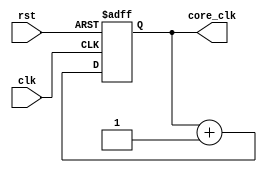
/*
 * Copyright 2016 <Admobilize>
 * MATRIX Labs  [http://creator.matrix.one]
 * This file is part of MATRIX Creator HDL for Spartan 6
 *
 * MATRIX Creator HDL is like free software: you can redistribute 
 * it and/or modify it under the terms of the GNU General Public License 
 * as published by the Free Software Foundation, either version 3 of the 
 * License, or (at your option) any later version.

 * This program is distributed in the hope that it will be useful, but 
 * WITHOUT ANY WARRANTY; without even the implied warranty of 
 * MERCHANTABILITY or FITNESS FOR A PARTICULAR PURPOSE.  See the GNU 
 * General Public License for more details.

 * You should have received a copy of the GNU General Public License along
 * with this program.  If not, see <http://www.gnu.org/licenses/>.
 */

module core_clk#(
      parameter PRESCALER = 16
)(
      input clk,
      input rst,

      output reg [PRESCALER-1:0] core_clk);

initial begin
core_clk = 0;
end

always @(posedge clk or posedge rst ) begin
  if (rst) 
    core_clk <= 0;
  else 
    core_clk <= core_clk + 1;
end

endmodule